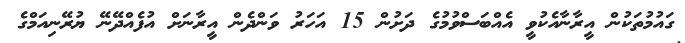
ގައުމުތަކުން އީރާނާއެކުވީ އެއްބަސްވުމުގެ ދަށުން 15 އަހަރު ވަންދެން އީރާނަށް އުފެއްދޭނޭ ޔުރޭނިއަމްގެ